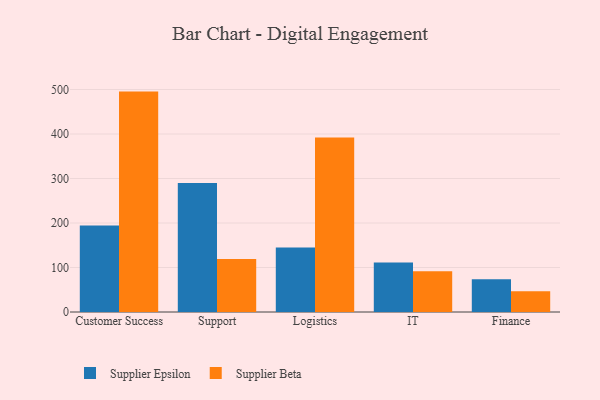
{"axis": {"x": "Department", "y": "Humidity (%)"}, "legend": ["Supplier Beta", "Supplier Epsilon"], "data": [{"x": "Customer Success", "y": 194.5, "type": "Supplier Epsilon"}, {"x": "Customer Success", "y": 495.3, "type": "Supplier Beta"}, {"x": "Support", "y": 289.7, "type": "Supplier Epsilon"}, {"x": "Support", "y": 119.3, "type": "Supplier Beta"}, {"x": "Logistics", "y": 145.2, "type": "Supplier Epsilon"}, {"x": "Logistics", "y": 392.4, "type": "Supplier Beta"}, {"x": "IT", "y": 111.3, "type": "Supplier Epsilon"}, {"x": "IT", "y": 91.8, "type": "Supplier Beta"}, {"x": "Finance", "y": 73.4, "type": "Supplier Epsilon"}, {"x": "Finance", "y": 46.6, "type": "Supplier Beta"}]}